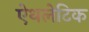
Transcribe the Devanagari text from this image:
ऐथलेटिक